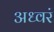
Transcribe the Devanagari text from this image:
अध्वरं